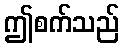
ဤစက်သည်